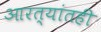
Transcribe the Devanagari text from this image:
आरत्यांतही